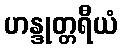
ဟန္ဒုတ္တရီယံ